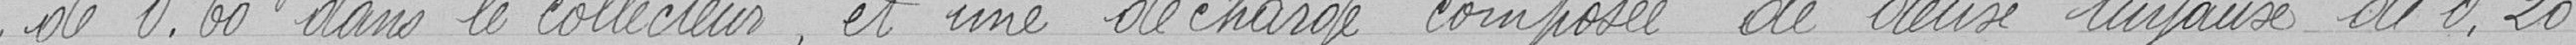
de 0,60 dans le collecteur, et une décharge composé" de deux tuyaux de 0,20